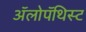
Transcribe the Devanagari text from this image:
अॅलोपॅथिस्ट